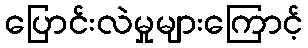
ပြောင်းလဲမှုများကြောင့်